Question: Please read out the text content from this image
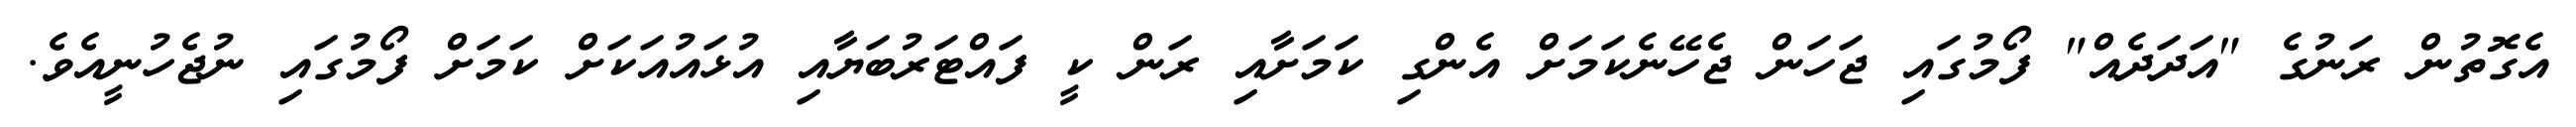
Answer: އެގޮތުން ރަނުގެ "އަދަދެއް" ފޯމުގައި ޖަހަން ޖެހޭނެކަމަށް އެންގި ކަމަށާއި ރަން ކީ ފައްޓަރުބަޔާއި އުޅައުއަކަށް ކަމަށް ފޯމުގައި ނުޖެހުނީއެވެ.